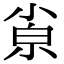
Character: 𡮂